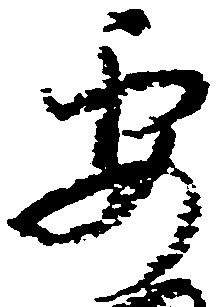
要